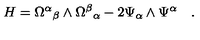
H = { \Omega ^ { \alpha } } _ { \beta } \wedge { \Omega ^ { \beta } } _ { \alpha } - 2 \Psi _ { \alpha } \wedge \Psi ^ { \alpha } \quad .